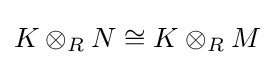
K\otimes _{R}N\cong K\otimes _{R}M